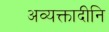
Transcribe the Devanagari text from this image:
अव्यक्तादीनि